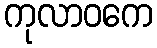
ကုလာဝကေ